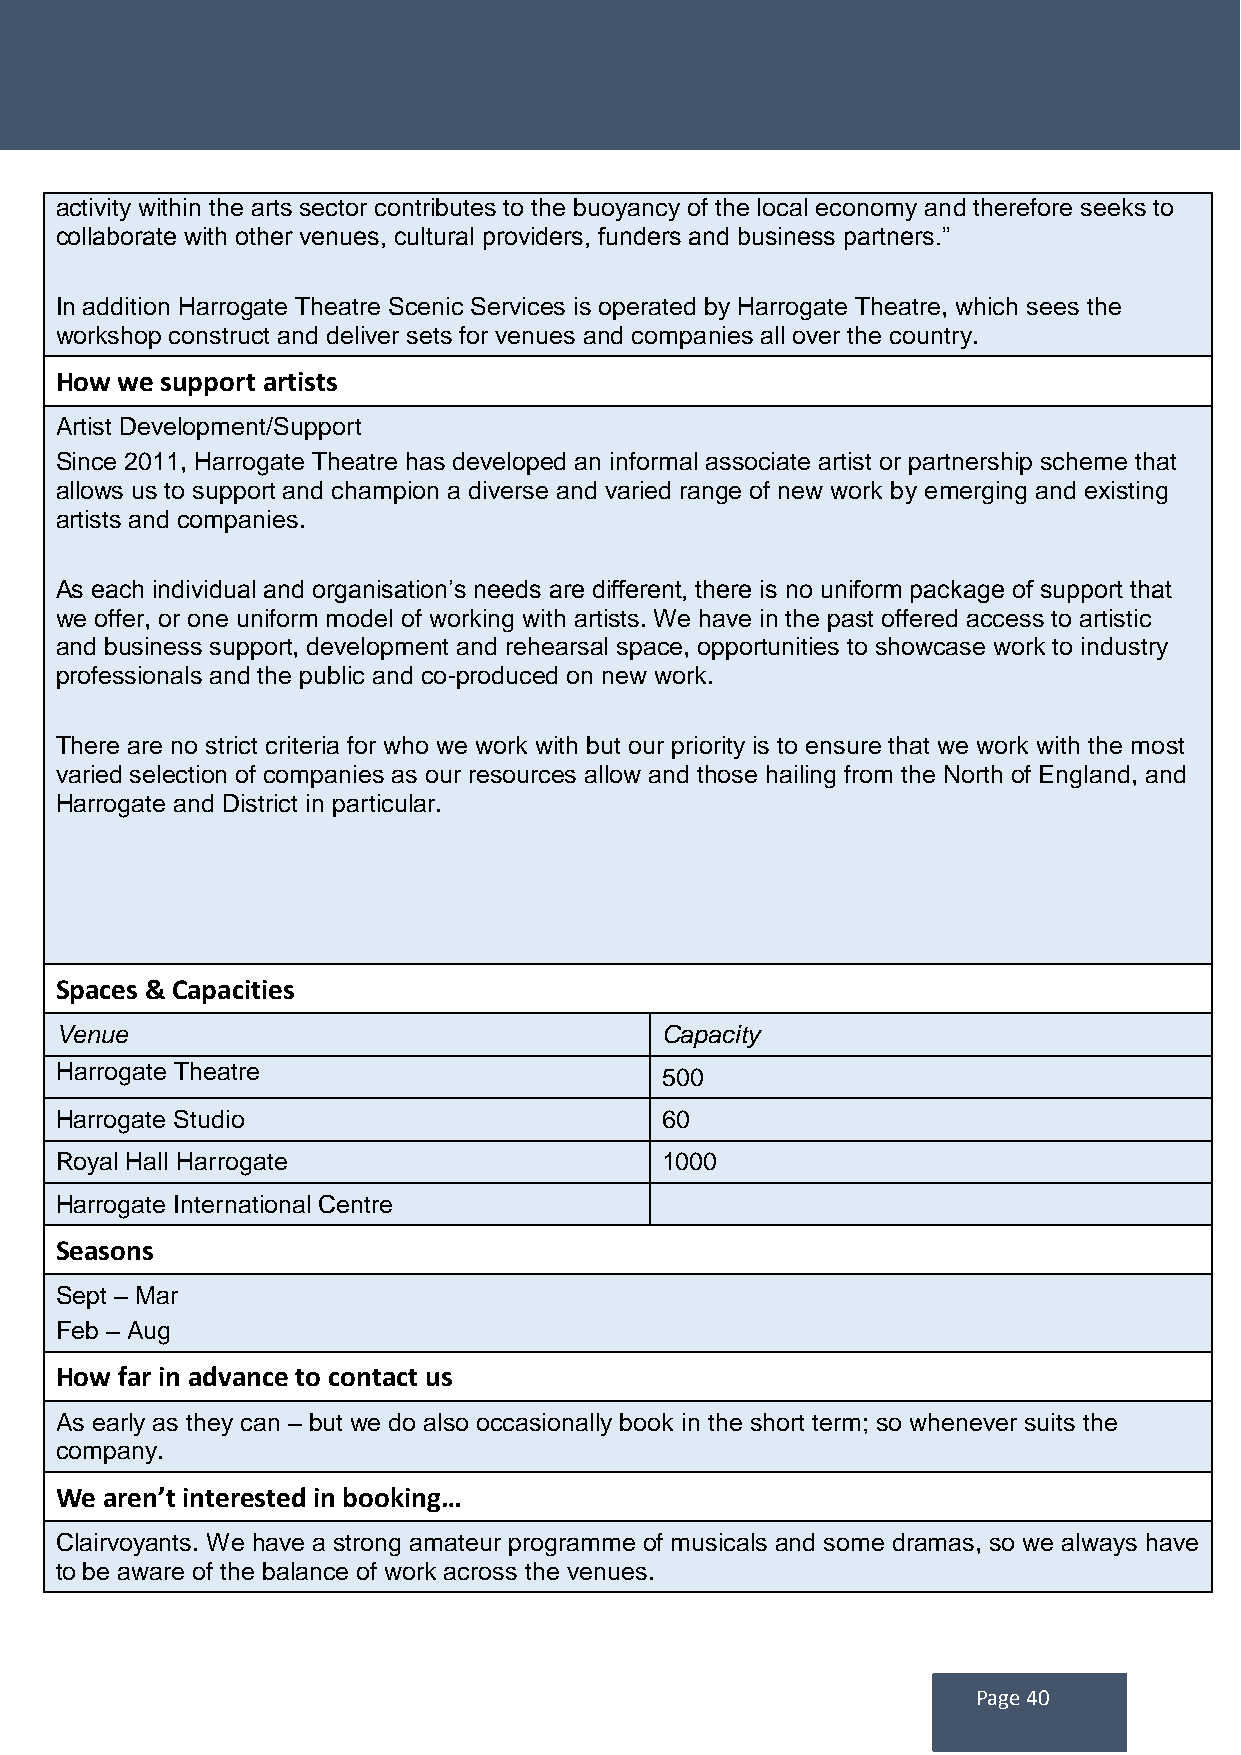
activity within the arts sector contributes to the buoyancy of the local economy and therefore seeks to
 collaborate with other venues, cultural providers, funders and business partners.”
 In addition Harrogate Theatre Scenic Services is operated by Harrogate Theatre, which sees the
 workshop construct and deliver sets for venues and companies all over the country.
 How we support artists
 Artist Development/Support
 Since 2011, Harrogate Theatre has developed an informal associate artist or partnership scheme that
 allows us to support and champion a diverse and varied range of new work by emerging and existing
 artists and companies.
 As each individual and organisation’s needs are different, there is no uniform package of support that
 we offer, or one uniform model of working with artists. We have in the past offered access to artistic
 and business support, development and rehearsal space, opportunities to showcase work to industry
 professionals and the public and co-produced on new work.
 There are no strict criteria for who we work with but our priority is to ensure that we work with the most
 varied selection of companies as our resources allow and those hailing from the North of England, and
 Harrogate and District in particular.
 Spaces & Capacities
 Venue                                   Capacity
 Harrogate Theatre                       500
 Harrogate Studio                        60
 Royal Hall Harrogate                    1000
 Harrogate International Centre
 Seasons
 Sept – Mar
 Feb – Aug
 How far in advance to contact us
 As early as they can – but we do also occasionally book in the short term; so whenever suits the
 company.
 We aren’t interested in booking…
 Clairvoyants. We have a strong amateur programme of musicals and some dramas, so we always have
 to be aware of the balance of work across the venues.
 Page 40